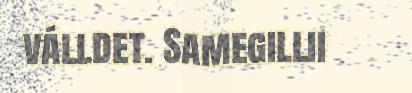
válldet. Samegillii